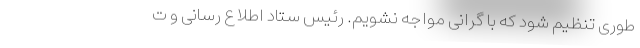
طوری تنظیم شود که با گرانی مواجه نشویم. رئیس ستاد اطلاع رسانی و ت